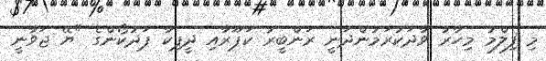
މި ފިލްމު މިހާރު ވާދަކުރަމުންދަނީ ރަންބީރު ކަޕޫރާއި ދީޕިކާ ޕަދުކޯންގެ "ޔޭ ޖަވާނީ